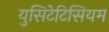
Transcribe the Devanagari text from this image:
युसिटेटिसियम